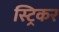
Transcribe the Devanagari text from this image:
स्ट्रिकर